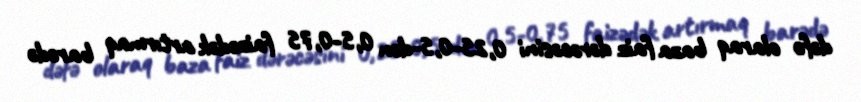
dəfə olaraq baza faiz dərəcəsini 0,25-0,5-dən 0,5-0,75 faizədək artırmaq barədə